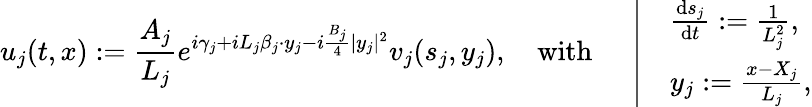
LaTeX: u_{j}(t,x):=\frac{A_{j}}{L_{j}}e^{i\gamma_{j}+iL_{j}\beta_{j}\cdot y_{j}-i\frac{B_{j}}{4}|y_{j}|^{2}}v_{j}(s_{j},y_{j}),\quad\mathrm{with~}\quad\left|\begin{array}{rl}&{\frac{\textnormal{d}s_{j}}{\textnormal{d}t}:=\frac{1}{L_{j}^{2}},}\\ &{y_{j}:=\frac{x-X_{j}}{L_{j}},}\end{array}\right.